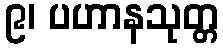
၉၊ ပဟာနသုတ္တ